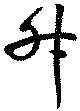
升